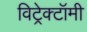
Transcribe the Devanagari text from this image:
विट्रेक्टॉमी